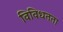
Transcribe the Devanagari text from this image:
विविधतता